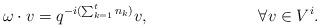
LaTeX: \begin{align*}\omega\cdot v&=q^{-i(\sum_{k=1}^t n_k)}v, &&\forall v\in V^i.\end{align*}